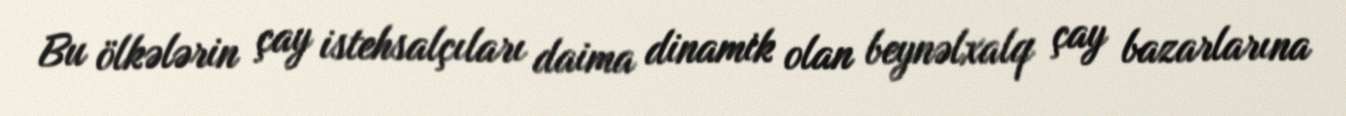
Bu ölkələrin çay istehsalçıları daima dinamik olan beynəlxalq çay bazarlarına